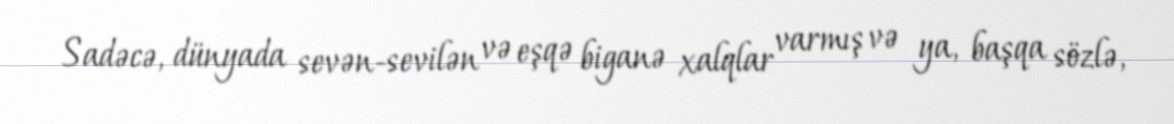
Sadəcə, dünyada sevən-sevilən və eşqə biganə xalqlar varmış və ya, başqa sözlə,